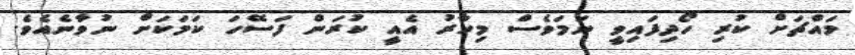
މައްޗަށް ކުރި ހޯދިފައިވީ ނަމަވެސް މިހާރު އެއީ ކުރަން ފަސޭހަ ކަމަކަށް ނުވާނެއެވެ.